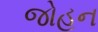
જોહન